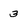
Character: 3